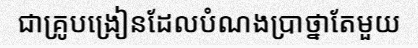
ជាគ្រូបង្រៀនដែលបំណងប្រាថ្នាតែមួយ